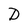
Character: D